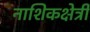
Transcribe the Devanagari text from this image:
नाशिकक्षेत्री